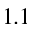
1 . 1